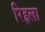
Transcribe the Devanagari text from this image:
रिहृला